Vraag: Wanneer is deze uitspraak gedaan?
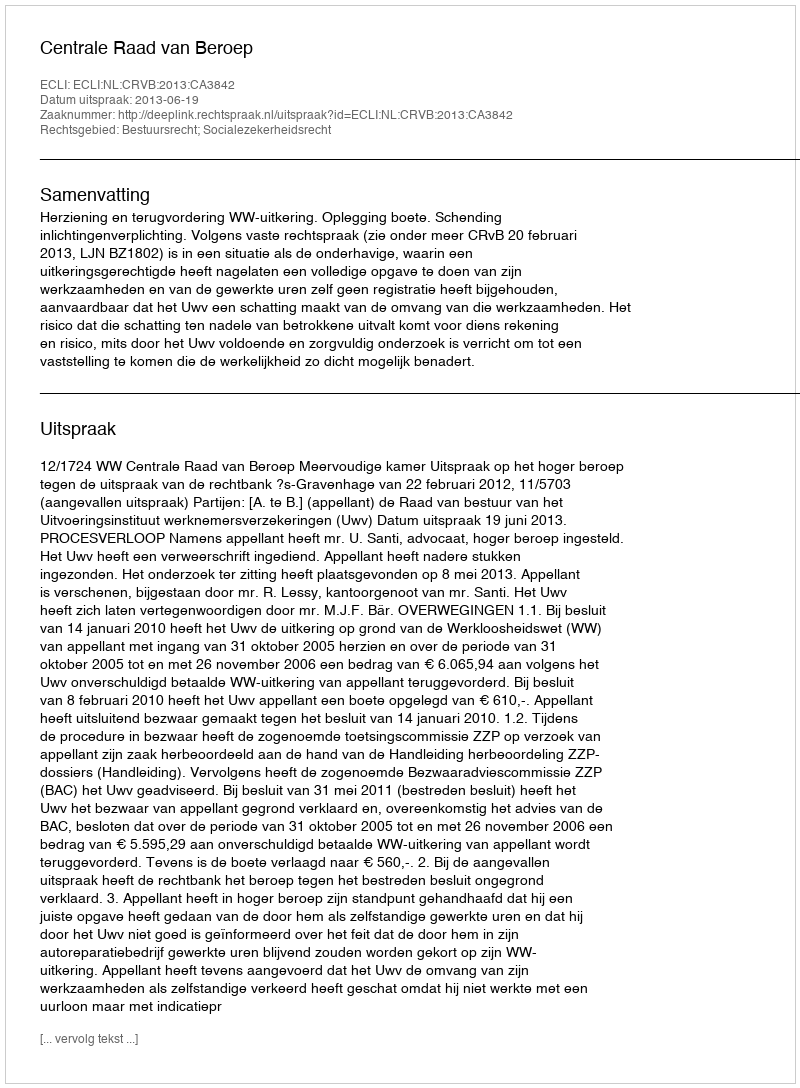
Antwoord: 2013-06-19